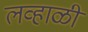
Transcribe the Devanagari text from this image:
लव्हाळी